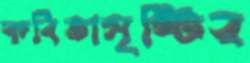
কবিতাসৃষ্টির